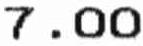
7.00